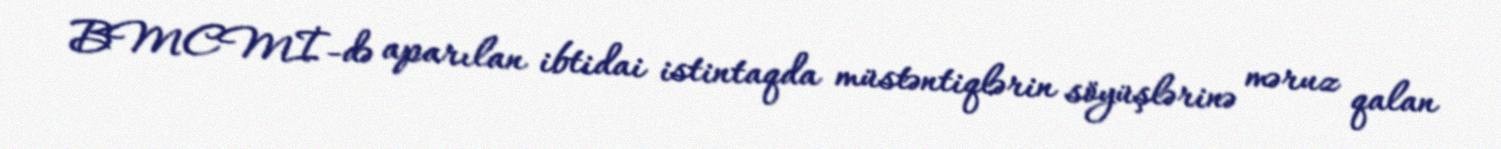
BMCMİ-də aparılan ibtidai istintaqda müstəntiqlərin söyüşlərinə məruz qalan